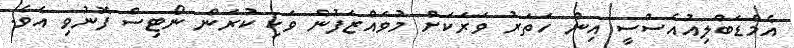
އެމްޑަބްލިއުއެސްސީ އިން ހަތަރު ވަރަކަށް މުވައްޒަފުން ވަކި ކުރަން ނޯޓިސް ފޮނުވި އެވެ.